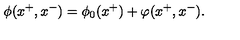
\phi ( x ^ { + } , x ^ { - } ) = \phi _ { 0 } ( x ^ { + } ) + \varphi ( x ^ { + } , x ^ { - } ) .